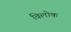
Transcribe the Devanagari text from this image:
विलोक